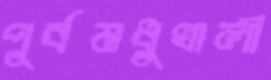
পূর্বমধুখালী